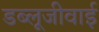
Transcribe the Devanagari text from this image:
डब्लूजीवाई